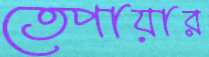
তেপায়ার